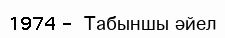
1974 -  Табыншы әйел